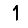
Digit: 1